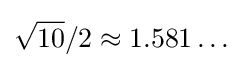
{\sqrt {10}}/2\approx 1.581\ldots